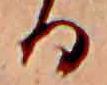
る